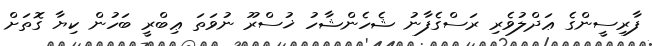
ފާރިސީންގެ ޢަދްލުވެރި ރަސްގެފާނު ޝެހެންޝާހު ޚުސްރޫ ނުވަތަ ޢިބްރީ ބަހުން ކިޔާ ގޮތަށް